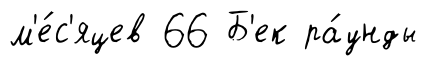
м'е́с'яцев 66 Б'ек ра́унды